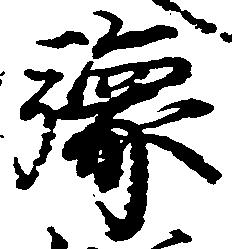
予